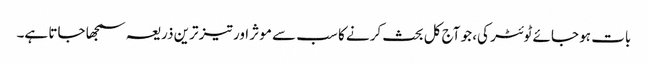
بات ہو جائے ٹوئٹر کی، جو آج کل بحث کرنے کا سب سے موثر اور تیز ترین ذریعہ سمجھا جاتا ہے۔